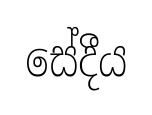
සේදීය